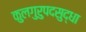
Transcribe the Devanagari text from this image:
कुलगुरुपदसुद्धा